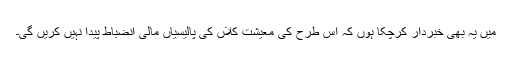
میں یہ بھی خبردار کرچکا ہوں کہ اس طرح کی معیشت کلاں کی پالیسیاں مالی انضباط پیدا نہیں کریں گی۔